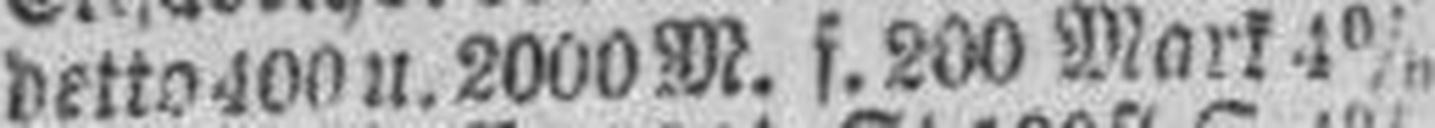
detto 400 u. 2000 M. f. 200 Mark 4%